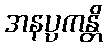
အနပ္ပကန္တိ